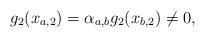
LaTeX: \begin{align*}g_2({ x_{a,2}})=\alpha_{a,b} g_2({ x_{b,2}})\neq 0,\end{align*}